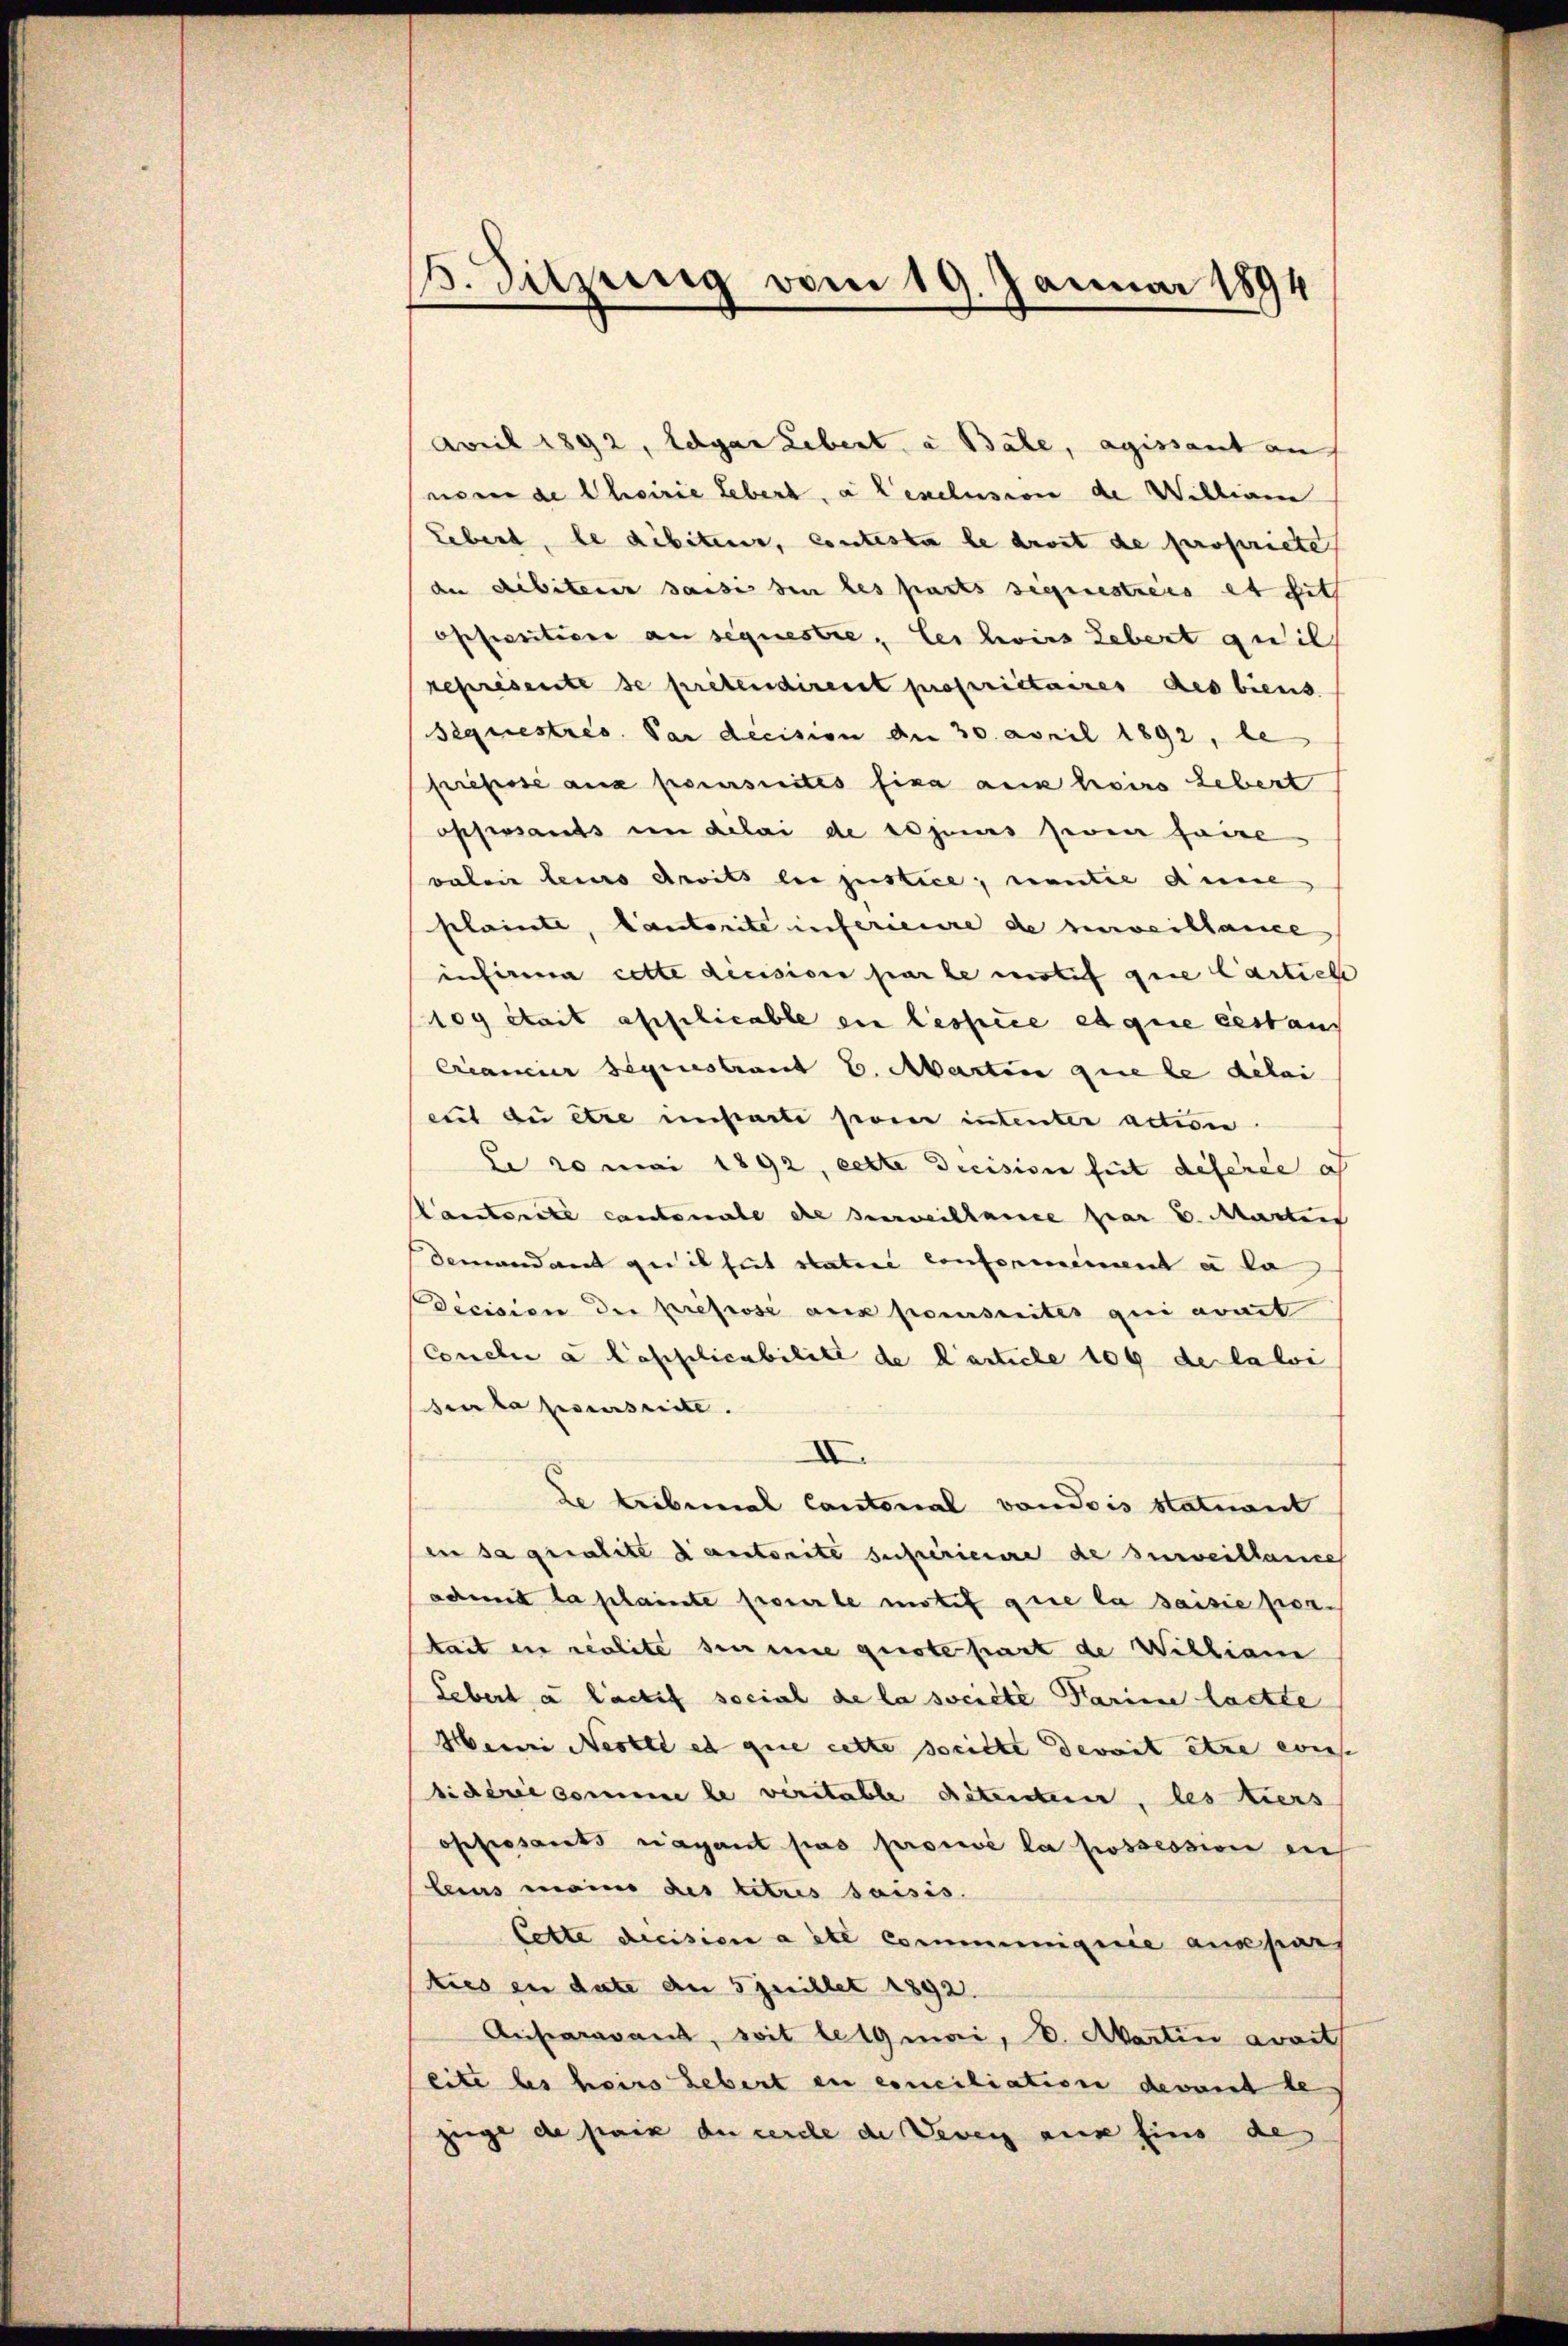
1. Sitzung vom 19. Januar 1894

April 1892, Edgar Lebert a Bale, agissant au
nom de Choirie Lebert. a Lexclusion de Willigen
Lebend, le débiteur, contesta le droit de propriete
dnn debiterer saisis denn des parts signestreis et sit
oppositione an sequestre, les hoirs Lebert quil
représente se prétendirent propriétaires des biens
Sequestres. Par decision der 30. April 1892, be
briefesse aus poursuites fina aux hoirs Lebert
opsersants in delai de sogenes seren faire
valoir leis droits bei justice, nantie dene
plainte, Cantorite inferieure de surveillance
infirma cette decisions par le motif gere Carticle
loy était applicable en lespice et que cestan
Crianier seguestraut E. Martin que le delei
eiet zu etce instarti son intenter action
Le so mai 1892, cette Decision seit deferie ich
anstorate cantonale de surveillance par u. Marten
demandant getilgut statore confernement en la
Decision der prefiose aus poursuites qui avait
Conclu a Capplicabilite de Carticle 109 de la loi
sen la prescrite.
XII
de tribunal Cantonal von deis statuant
en sa qualite danstorite superienre de surveillance
admit la plainte proverle motif que la saisie pokait ein realite sie eine quote hart de William
Lebert a lachef social de la societe Parine laette
Henri Neste et que cette spricht dereit etwa eins
biderie somme le veritable detenten, les tiers
ofessants ragant pas prouvé la possession en
leius meine des titres saisis.
Cette dicision a été communiquie aus pars
ties in date an 5 jerillet 1892.
Aufaravant, soit leigmai, d. Martin avait
eite les herrs Lebert en conciliation devant les
ziege de paix de cerche de Veven aus Eins de